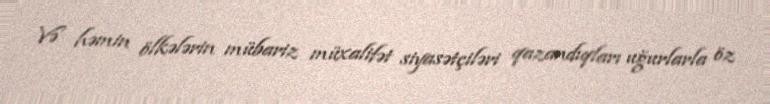
Və həmin ölkələrin mübariz müxalifət siyasətçiləri qazandıqları uğurlarla öz